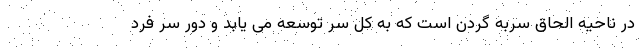
در ناحیه الحاق سربه گردن است که به کل سر توسعه می یابد و دور سر فرد